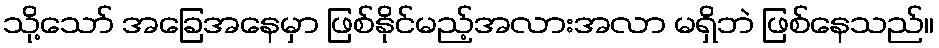
သို့သော် အခြေအနေမှာ ဖြစ်နိုင်မည့်အလားအလာ မရှိဘဲ ဖြစ်နေသည်။